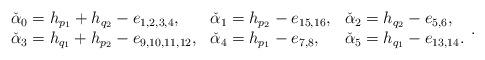
LaTeX: \begin{align*}\begin{array}{lll}\check{\alpha}_0=h_{p_1}+h_{q_2}-e_{1,2,3,4},&\check{\alpha}_1=h_{p_2}-e_{15,16},&\check{\alpha}_2=h_{q_2}-e_{5,6},\\\check{\alpha}_3=h_{q_1}+h_{p_2}-e_{9,10,11,12},&\check{\alpha}_4=h_{p_1}-e_{7,8},&\check{\alpha}_5=h_{q_1}-e_{13,14}.\end{array}.\end{align*}